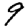
Digit: 9